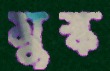
মুষ্ক